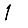
Digit: 1